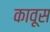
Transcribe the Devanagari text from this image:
कावूस